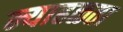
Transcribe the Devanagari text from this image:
न्याहळता